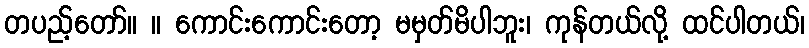
တပည့်တော်။ ။ ကောင်းကောင်းတော့ မမှတ်မိပါဘူး၊ ကုန်တယ်လို့ ထင်ပါတယ်၊